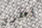
أعطوني